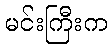
မင်းကြီးက